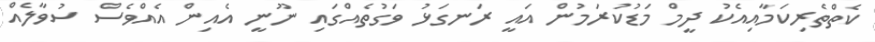
ކެތްތެރިކަމާއިއެކު ދީމް މަޑުކުރަމުން އައީ ރަނގަޅު ވަގުތެއްގައި ނޫނީ އެއިން އެއްވެސް ސުވާލެއް